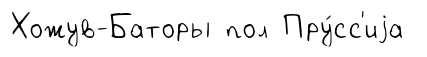
Хожув-Баторы пол Пру́сс'иjа